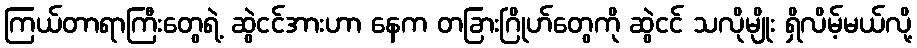
ကြယ်တာရာကြီးတွေရဲ့ ဆွဲငင်အားဟာ နေက တခြားဂြိုဟ်တွေကို ဆွဲငင် သလိုမျိုး ရှိလိမ့်မယ်လို့